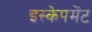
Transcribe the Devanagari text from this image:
इस्केपमेंट